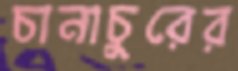
চানাচুরের